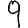
Digit: 9